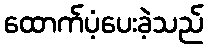
ထောက်ပံ့ပေးခဲ့သည်